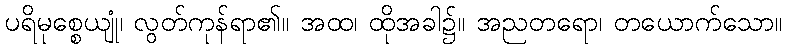
ပရိမုစ္စေယျုံ၊ လွတ်ကုန်ရာ၏။ အထ၊ ထိုအခါ၌။ အညတရော၊ တယောက်သော။